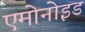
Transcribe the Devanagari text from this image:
एमोनोइड